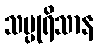
သပ္ပုရိသာန